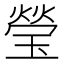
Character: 瑩